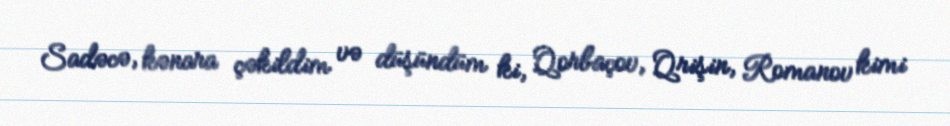
Sadəcə, kənara çəkildim və düşündüm ki, Qorbaçov, Qrişin, Romanov kimi